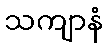
သကျာနံ